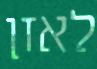
לאזן